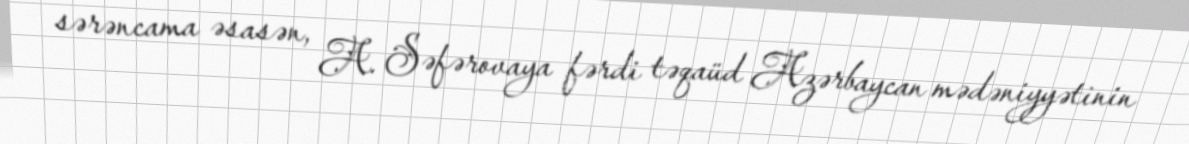
sərəncama əsasən, A. Səfərovaya fərdi təqaüd Azərbaycan mədəniyyətinin